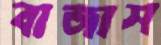
বাজাস